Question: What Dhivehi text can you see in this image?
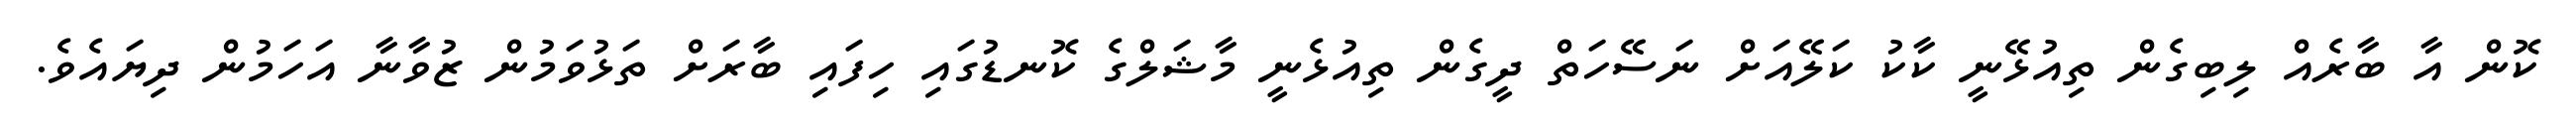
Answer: ކޮން އާ ބާރެއް ލިބިގެން ތިއުޅޭނީ ކާކު ކަލޭއަށް ނަސޭހަތް ދީގެން ތިއުޅެނީ މާޝަލްގެ ކޮނޑުގައި ހިފައި ބާރަށް ތަޅުވަމުން ޒުވާނާ އަހަމުން ދިޔައެވެ.